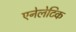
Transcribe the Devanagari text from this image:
एनेलेटिक